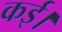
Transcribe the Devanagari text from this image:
कई।